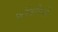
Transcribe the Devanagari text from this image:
काँवरियों